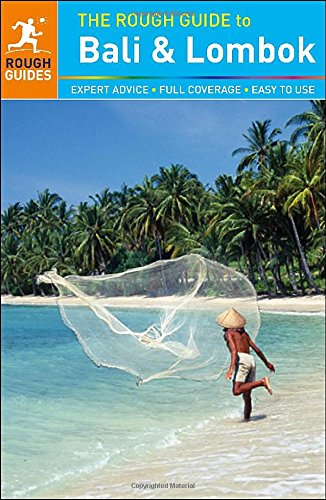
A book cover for The Rough Guide to Bali and Lombok; Shafik Meghji; Travel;